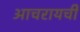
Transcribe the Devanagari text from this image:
आचरायची